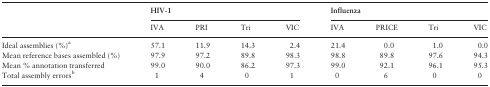
| <ROWSPAN=2>  | <COLSPAN=4> HIV-1 | <COLSPAN=4> Influenza |
 | IVA | PRI | Tri | VIC | IVA | PRICE | Tri | VIC |
 | --- | --- | --- | --- | --- | --- | --- | --- | --- |
 | Ideal assemblies (%)a | 57.1 | 11.9 | 14.3 | 2.4 | 21.4 | 0.0 | 1.0 | 0.0 |
 | Mean reference bases assembled (%) | 97.9 | 97.2 | 89.8 | 98.3 | 98.8 | 89.8 | 97.6 | 94.3 |
 | Mean % annotation transferred | 99.0 | 90.0 | 86.2 | 97.3 | 99.0 | 92.1 | 96.1 | 95.3 |
 | Total assembly errorsb | 1 | 4 | 0 | 1 | 0 | 6 | 0 | 0 |